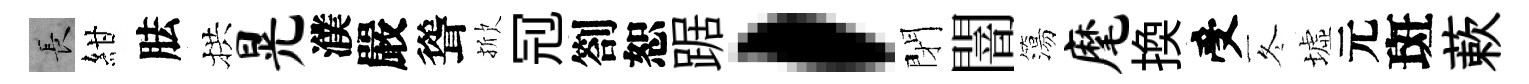
长紺胠拱晃濮嚴聳掀𠜍劄恕踞，閉闇簜麾換受冬墟元斑蔌